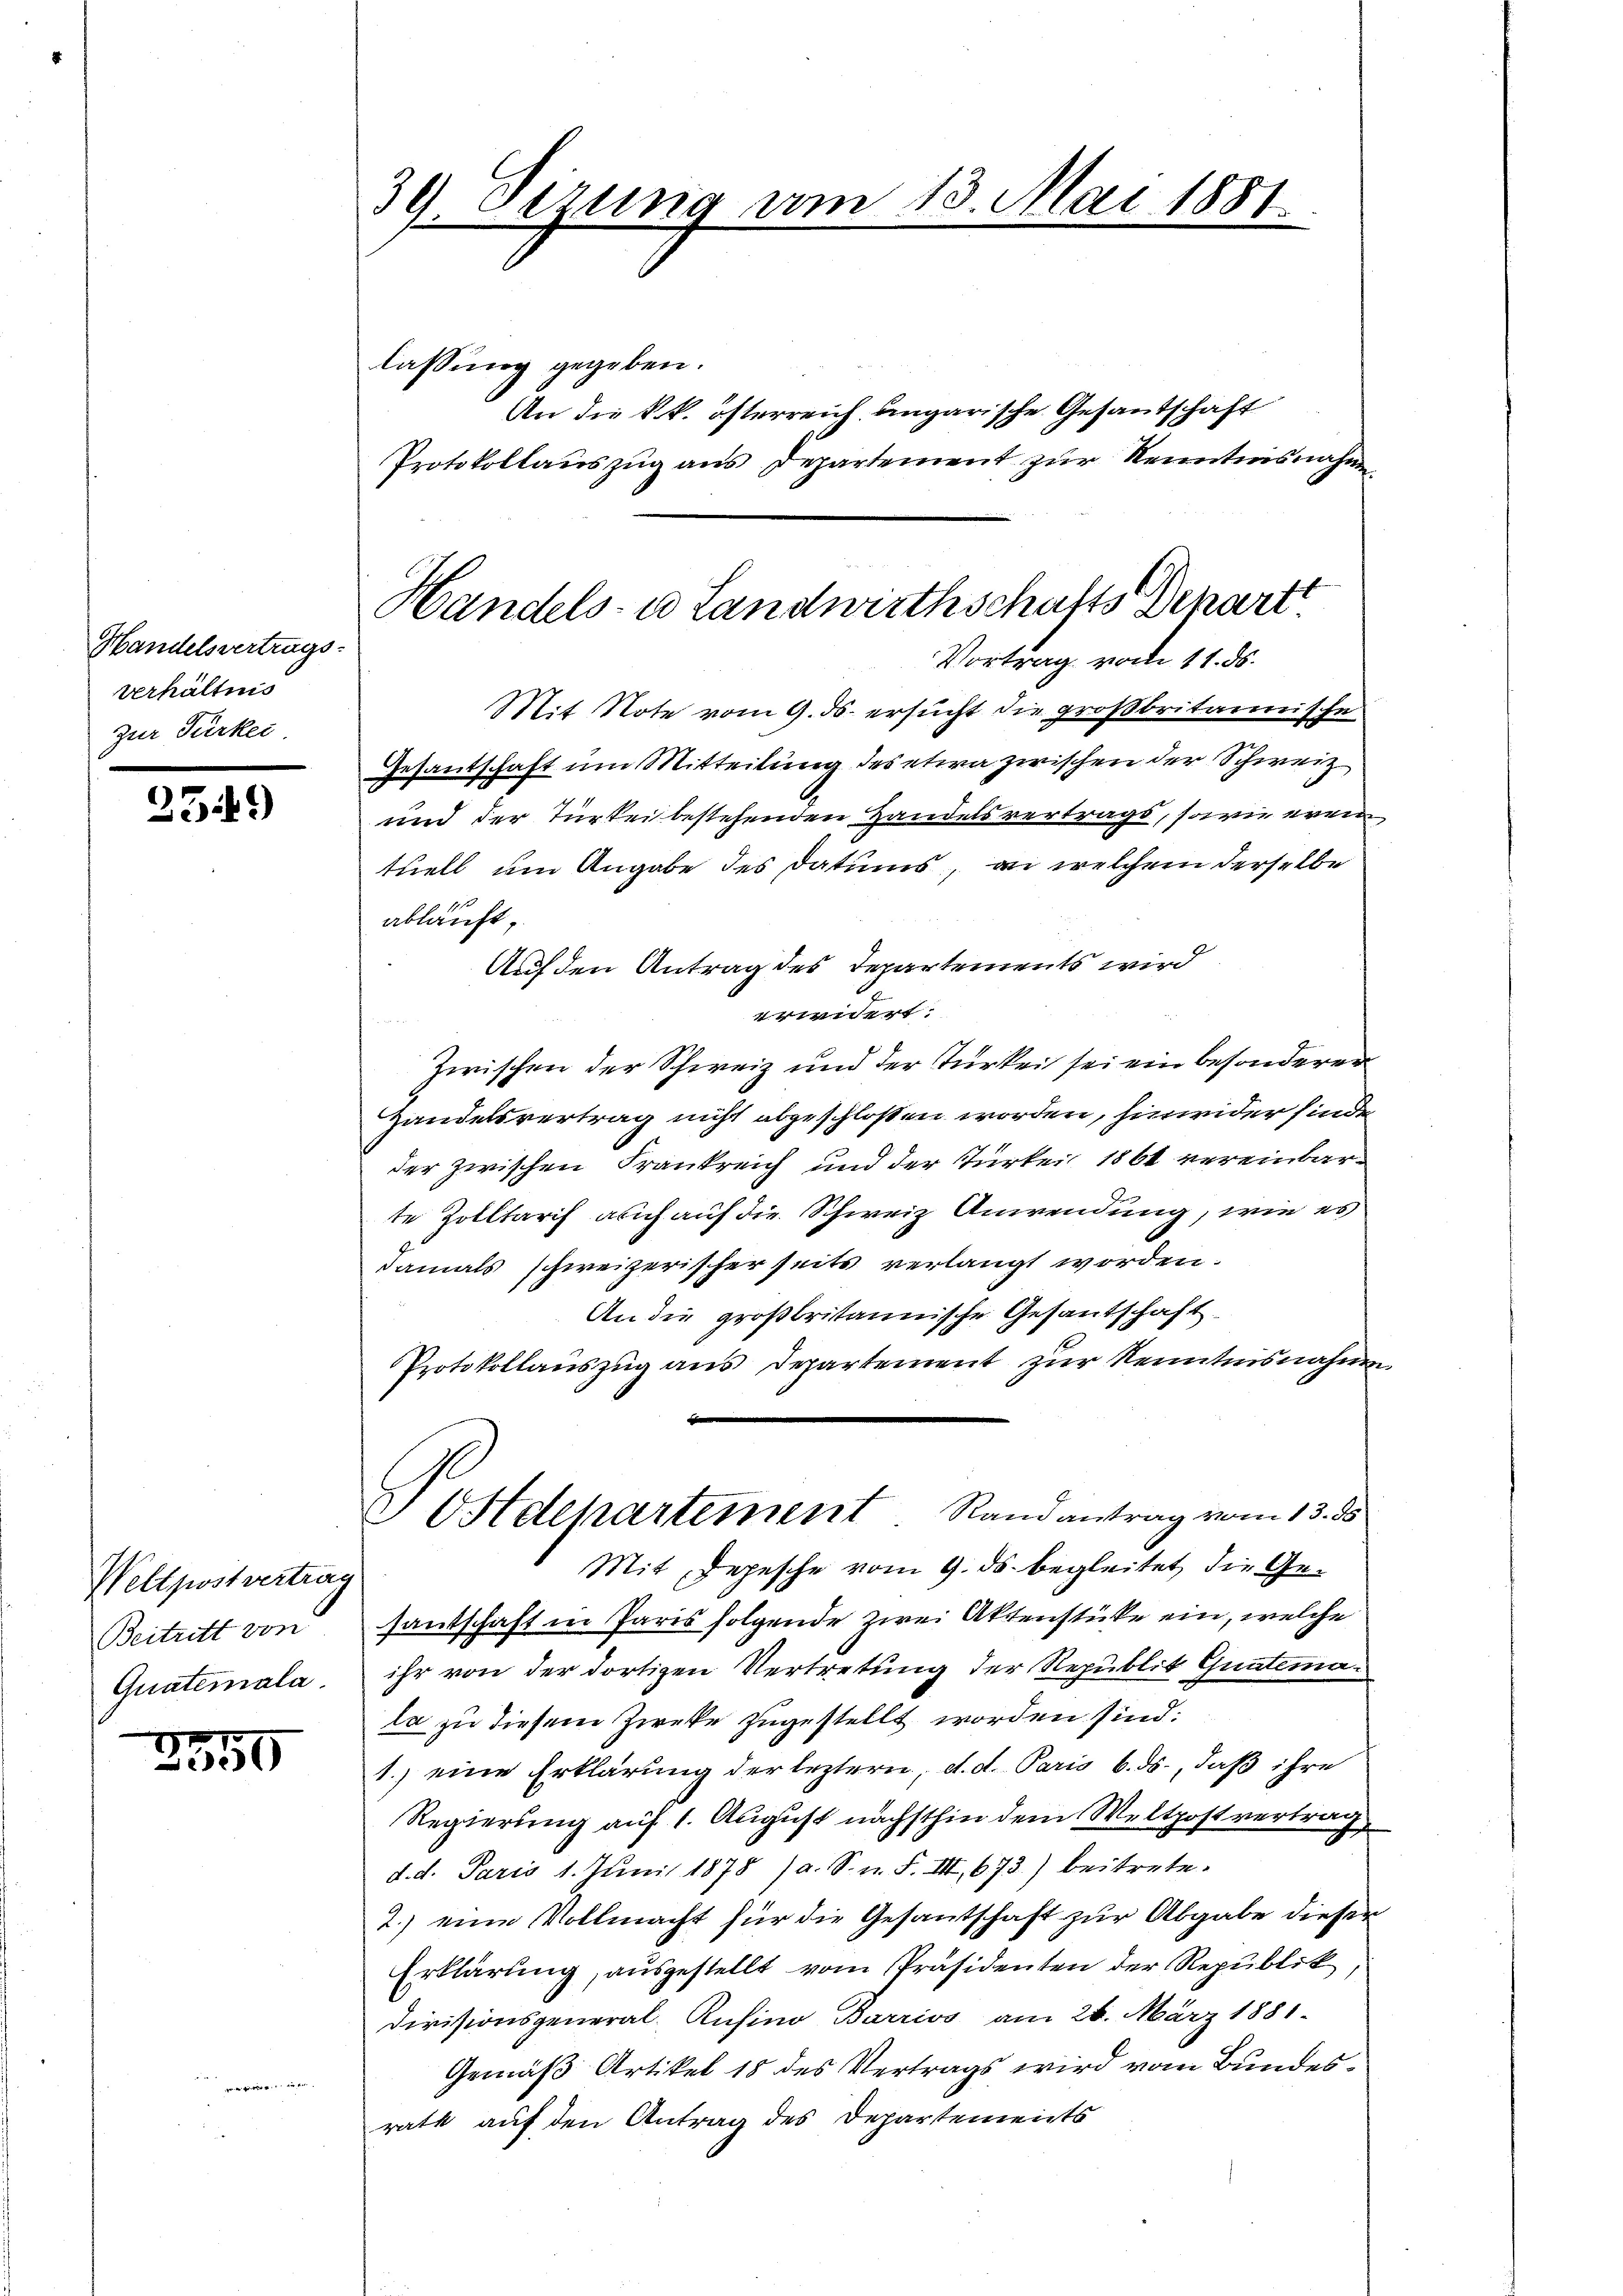
Handelsmittags.
verhältnis
Zur Türker

2349

Wellpostvertrag
Beitritt von
Quatemala.

2355

39. Sezung am 13. Mai 1881.

lassung gegeben.
An die k.k. österreich angarische Gesandtschaft
Protokollauszug aus Departement zur Kenntnisnahm

Handels- u Landwirthschafts Depart
Vortrag vom 11. ds.

Mit Note vom 9. ds. ersucht die großbritannische
72
Gesandschaft um Mitteilung des etwa zwischen der Schweiz.
und der Türkei bestehenden Handelsvertrags, sowie ereintuell um Angabe des Datums, an welchem derselbe
abläuft,
Auf den Antrag des Departements wird
erwidert.
Zwischen der Schweiz und der Türkei sei ein besonderer
Handelsvertrag nicht abgeschlossen worden, hinwider finde
der zwischen Frankreich und der Türkei 1861 vereinbarte Zolltarif auch auf die Schweiz Anwendung, wie es
damals schweizerischer seits verlangt worden.
An die großbritannische Gesantschaft
Protokollauszug aus Departement zur Kenntnisnahme
E Ostdepartement Randantrag vom 13. ds
Mit Depesche vom 9. ds. begleitet, die Gesantschaft in Paris folgende zwei Aktenstücke ein, welche
ihr von der dortigen Vertretung der Republit Guntemala zu diesem Zwecke zugestellt worden sind:
1.) eine Erklärung der leztern, d. d. Paris 6. ds., daß ihre
Regierung auf 1. August nächsthin dem Weltpostvertrag
d. d. Paris 1. Juni 1878 (a. S. n. F. VIII, 673.) beitrete¬
2.) eine Vollmacht für die Gesantschaft zur Abgabe dieser
Erklärung, ausgestellt vom Präsidenten der Republik
Divisionsgeneral-Rusino Barrios am 26. März 1881.
Gemäß Artikel 18 des Vertrags wird vom Bundesrath auf den Antrag des Departements